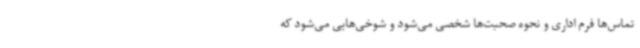
تماس‌ها فرم اداری و نحوه صحبت‌ها شخصی می‌شود و شوخی‌هایی می‌شود که